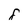
Character: 8